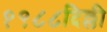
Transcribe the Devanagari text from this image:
१९८८दिल्ली